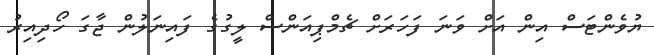
ޔުވެންޓަސް އިން އަށް ވަނަ ފަހަރަށް ޗެމްޕިއަންސް ލީގުގެ ފައިނަލުން ޖާގަ ހޯދިއިރު